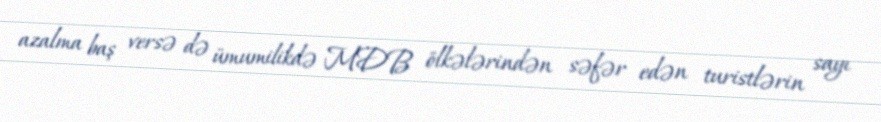
azalma baş versə də ümumilikdə MDB ölkələrindən səfər edən turistlərin sayı